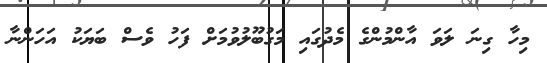
މިހާ ގިނަ ލަވަ އާންމުންގެ މެދުގައި މަގުބޫލުވުމަށް ފަހު ވެސް ބަޔަކު އަހަންނާ